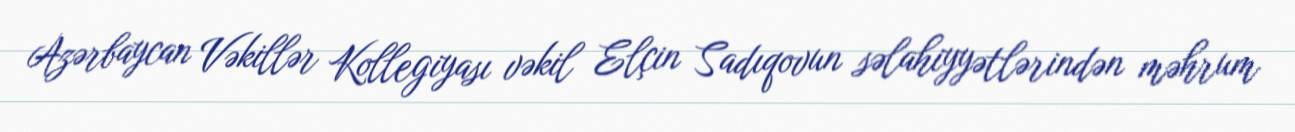
Azərbaycan Vəkillər Kollegiyası vəkil Elçin Sadıqovun səlahiyyətlərindən məhrum